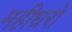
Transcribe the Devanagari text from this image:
महीधरो